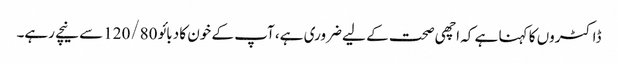
ڈاکٹروں کا کہنا ہے کہ اچھی صحت کے لیے ضروری ہے، آپ کے خون کا دبائو 120/80سے نیچے رہے۔